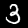
Label: 3